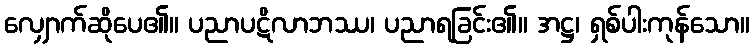
လျှောက်ဆိုပေ၏။ ပညာပဋိလာဘဿ၊ ပညာရခြင်း၏။ အဋ္ဌ၊ ရှစ်ပါးကုန်သော။